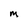
Character: M